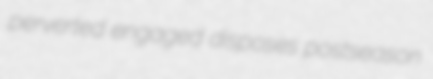
perverted engaged disposes postseason